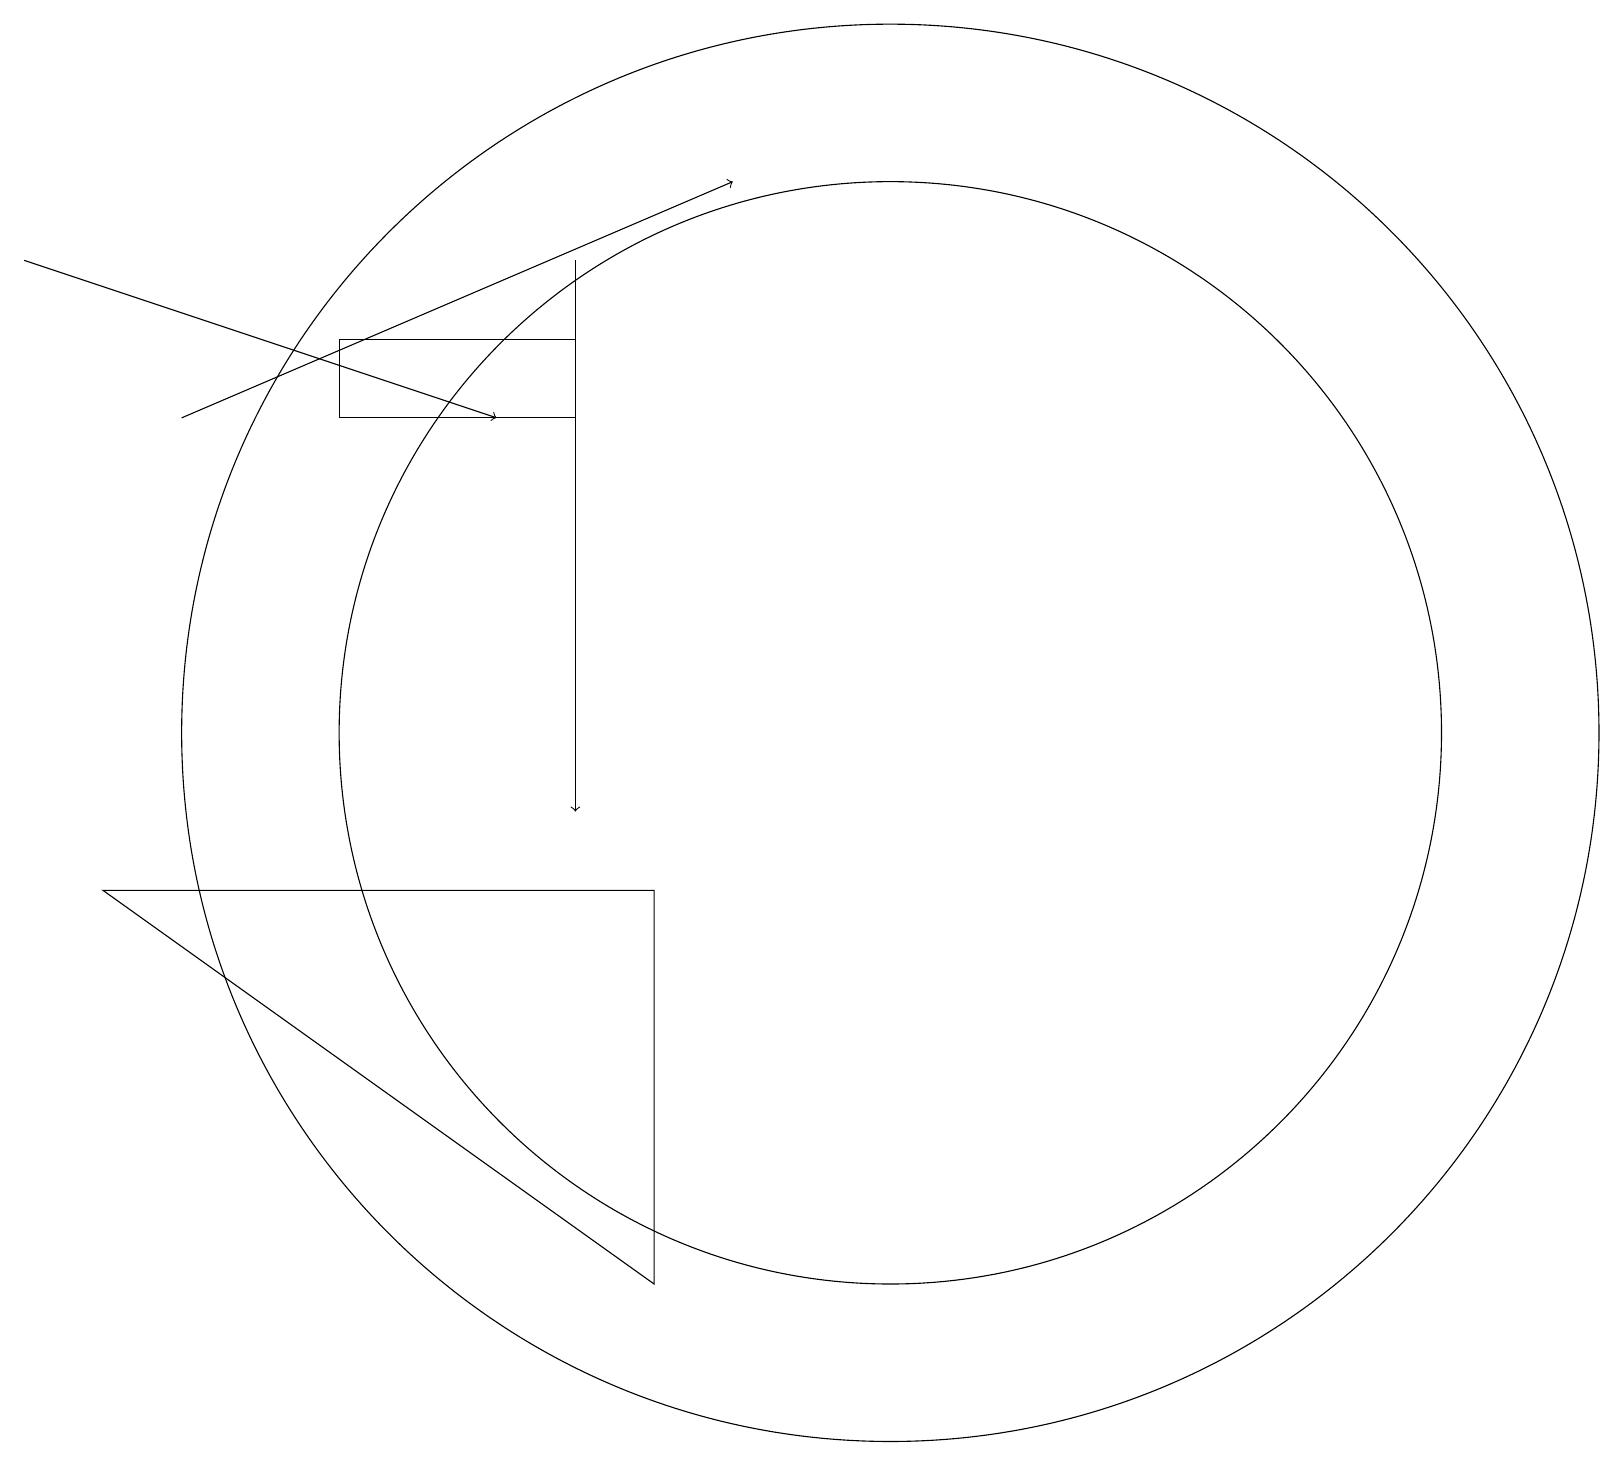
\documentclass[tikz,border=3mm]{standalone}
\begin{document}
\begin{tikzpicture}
\draw (8,4) -- (8,9) -- (1,9) -- cycle;
\draw (7,15) rectangle (4,16);
\draw (11,11) circle (7);
\draw (11,11) circle (9);
\draw[->] (2,15) -- (9,18);
\draw[->] (0,17) -- (6,15);
\draw[->] (7,17) -- (7,10);
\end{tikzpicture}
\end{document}